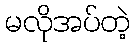
မလိုအပ်တဲ့